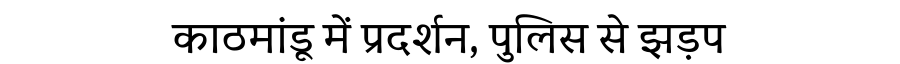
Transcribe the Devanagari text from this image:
काठमांडू में प्रदर्शन, पुलिस से झड़प